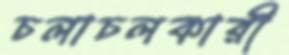
চলাচলকারী